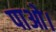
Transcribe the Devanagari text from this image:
पाओ।